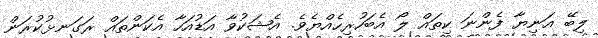
ލިބޭ އަނިޔާ ފެންނަ ކިތައް ލޯ އެބަހުރިހެއްޔެވެ. އެޝަކުވާ އަޑުއަހާ އެކަންތައް ރަގަނޅުކުރަން